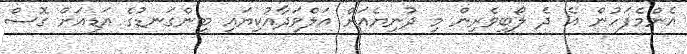
އެންމެފަހުން އެ ދެ ލޯބިވެރިން މި ދުނިޔެއަށް އަލްވަދާއުކިޔައި ބިންގަނޑުގެ އަޑިއަށް ގޮސް